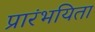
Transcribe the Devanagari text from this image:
प्रारंभयिता